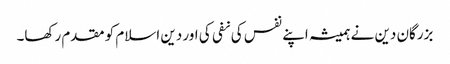
بزرگان دین نے ہمیشہ اپنے نفس کی نفی کی اور دین اسلام کو مقدم رکھا۔